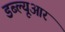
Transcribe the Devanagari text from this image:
डब्‍ल्‍यूआर